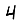
Digit: 4